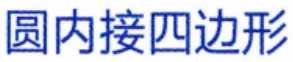
圆内接四边形